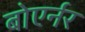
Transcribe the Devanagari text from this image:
बोएर्नर